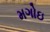
મગોઇ